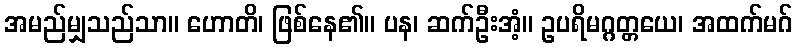
အမည်မျှသည်သာ။ ဟောတိ၊ ဖြစ်နေ၏။ ပန၊ ဆက်ဦးအံ့။ ဥပရိမဂ္ဂတ္တယေ၊ အထက်မဂ်